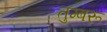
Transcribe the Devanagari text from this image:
तुम्बरू